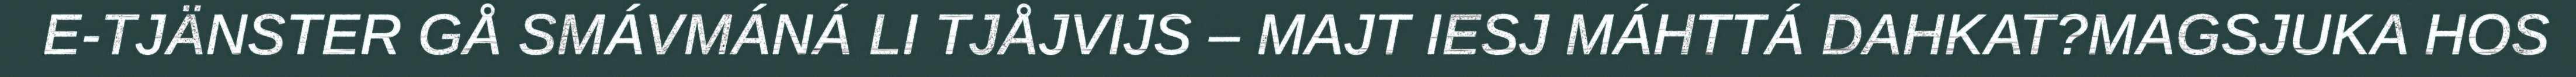
E-TJÄNSTER GÅ SMÁVMÁNÁ LI TJÅJVIJS – MAJT IESJ MÁHTTÁ DAHKAT?MAGSJUKA HOS